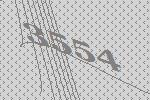
3554